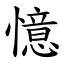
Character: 憶